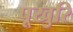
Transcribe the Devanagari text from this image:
पूखुरि